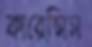
কারেন্সিস